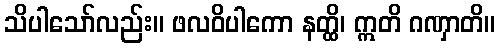
သိပါသော်လည်း။ ဖလဝိပါကော နတ္ထိ၊ ဣတိ ဂဏှာတိ။